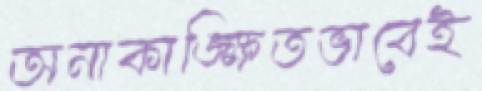
অনাকাঙ্ক্ষিতভাবেই